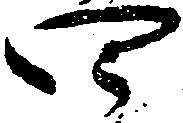
四